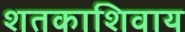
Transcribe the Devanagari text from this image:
शतकाशिवाय